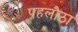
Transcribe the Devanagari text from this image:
पहलौठा